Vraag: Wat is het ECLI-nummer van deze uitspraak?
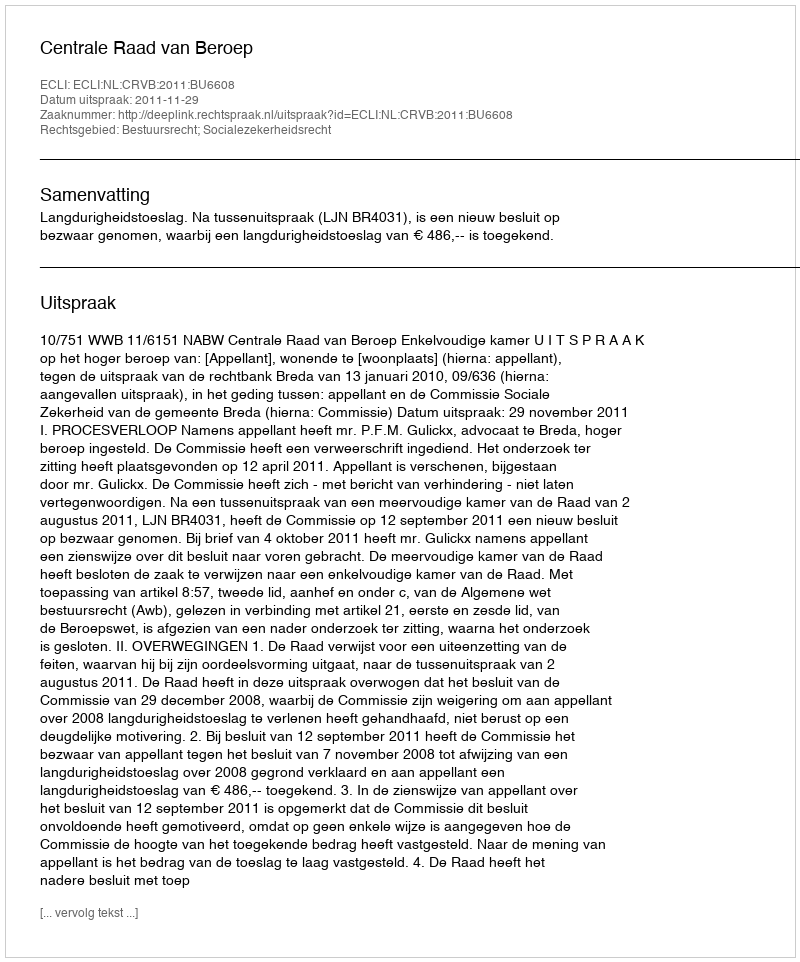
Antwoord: ECLI:NL:CRVB:2011:BU6608